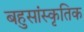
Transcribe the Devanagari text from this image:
बहुसांस्‍कृतिक